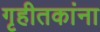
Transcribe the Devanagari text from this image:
गृहीतकांना